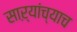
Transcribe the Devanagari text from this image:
साऱ्यांच्याच